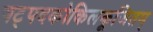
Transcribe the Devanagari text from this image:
षट्पदकोकिलकूजितम्